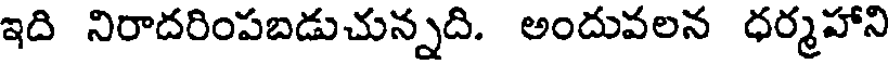
ఇది నిరాదరింపబడుచున్నది. అందువలన ధర్మహాని